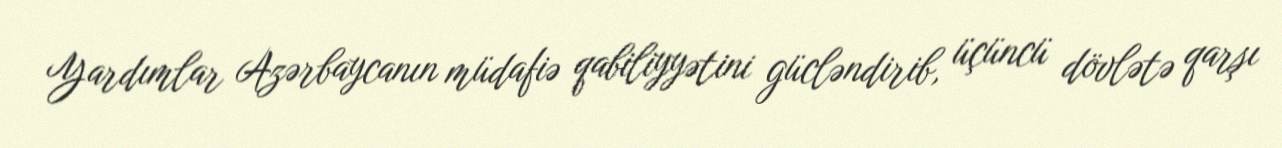
Yardımlar Azərbaycanın müdafiə qabiliyyətini gücləndirib, üçüncü dövlətə qarşı